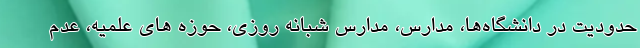
حدودیت در دانشگاه‌ها، مدارس، مدارس شبانه روزی، حوزه های علمیه، عدم